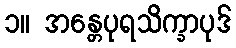
၁။ အန္တေပုရသိက္ခာပုဒ်